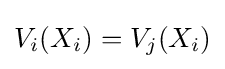
V_{i}(X_{i})=V_{j}(X_{i})